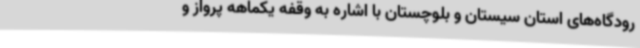
رودگاه‌های استان سیستان و بلوچستان با اشاره به وقفه یکماهه پرواز و